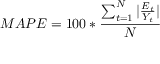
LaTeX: \ M A P E = 1 0 0 * { \frac { \sum _ { t = 1 } ^ { N } | { \frac { E _ { t } } { Y _ { t } } } | } { N } }